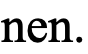
nen.